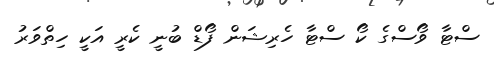
ސްޓާ ވޯސްގެ ކޯ ސްޓާ ހެރިޝަން ފޯޑް ބުނީ ކެރީ އަކީ ހިތްވަރު